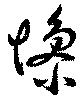
惨